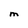
Character: M